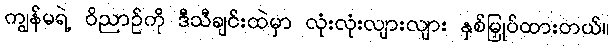
ကျွန်မရဲ့ ဝိညာဉ်ကို ဒီသီချင်းထဲမှာ လုံးလုံးလျားလျား နှစ်မြှုပ်ထားတယ်။